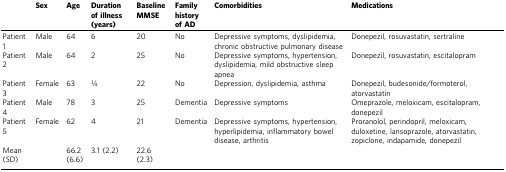
|  | Sex | Age | Duration of illness (years) | Baseline MMSE | Family history of AD | Comorbidities | Medications |
 | --- | --- | --- | --- | --- | --- | --- | --- |
 | Patient 1 | Male | 64 | 6 | 20 | No | Depressive symptoms, dyslipidemia, chronic obstructive pulmonary disease | Donepezil, rosuvastatin, sertraline |
 | Patient 2 | Male | 64 | 2 | 25 | No | Depressive symptoms, hypertension, dyslipidemia, mild obstructive sleep apnea | Donepezil, rosuvastatin, escitalopram |
 | Patient 3 | Female | 63 | 1⁄4 | 22 | No | Depression, dyslipidemia, asthma | Donepezil, budesonide/formoterol, atorvastatin |
 | Patient 4 | Male | 78 | 3 | 25 | Dementia | Depressive symptoms | Omeprazole, meloxicam, escitalopram, donepezil |
 | Patient 5 | Female | 62 | 4 | 21 | Dementia | Depressive symptoms, hypertension, hyperlipidemia, inflammatory bowel disease, arthritis | Proranolol, perindopril, meloxicam, duloxetine, lansoprazole, atorvastatin, zopiclone, indapamide, donepezil |
 | Mean (SD) |  | 66.2 (6.6) | 3.1 (2.2) | 22.6 (2.3) |  |  |  |